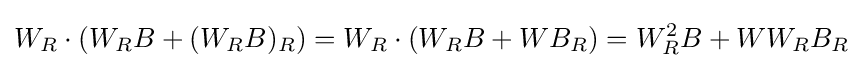
W_{R}\cdot (W_{R}B+(W_{R}B)_{R})=W_{R}\cdot (W_{R}B+WB_{R})=W_{R}^{2}B+WW_{R}B_{R}